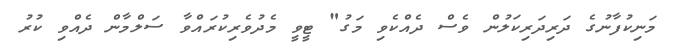
މަނިކުފާނުގެ ދަރިދަރިކަލުން ވެސް ދެއްކެވި މަގު" ޓީވީ މެދުވެރިކުރައްވާ ސަލްމާން ދެއްވި ކުރު